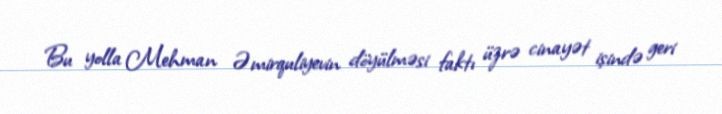
Bu yolla Mehman Əmirquliyevin döyülməsi faktı üzrə cinayət işində geri